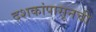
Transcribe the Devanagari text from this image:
दशकांपासूनची